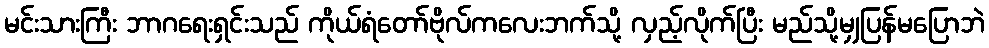
မင်းသားကြီး ဘာဂရေးရှင်းသည် ကိုယ်ရံတော်ဗိုလ်ကလေးဘက်သို့ လှည့်လိုက်ပြီး မည်သို့မျှပြန်မပြောဘဲ